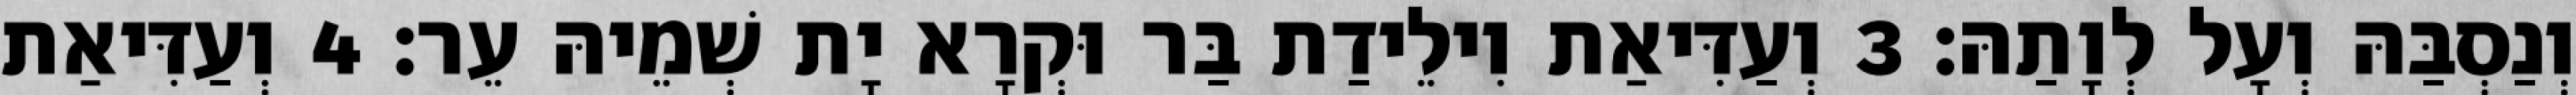
וְנַסְבַּהּ וְעָל לְוָתַהּ׃ 3 וְעַדִּיאַת וִילֵידַת בַּר וּקְרָא יָת שְׁמֵיהּ עֵר׃ 4 וְעַדִּיאַת